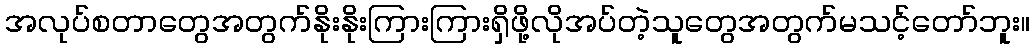
အလုပ်စတာတွေအတွက်နိုးနိုးကြားကြားရှိဖို့လိုအပ်တဲ့သူတွေအတွက်မသင့်တော်ဘူး။